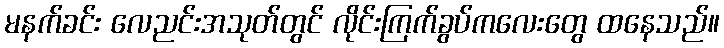
မနက်ခင်း လေညင်းအသုတ်တွင် လိုင်းကြက်ခွပ်ကလေးတွေ ထနေသည်။